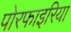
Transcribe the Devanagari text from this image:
पोरफाइरिया